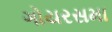
ગોયરસમા